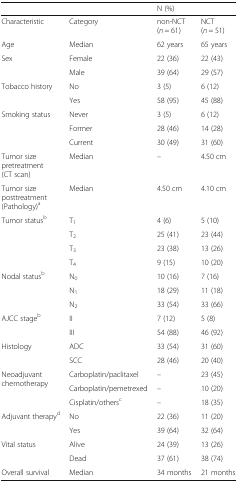
<table><thead><tr><td></td><td></td><td colspan="2"><b>N (%)</b></td></tr></thead><tbody><tr><td>Characteristic</td><td>Category</td><td>non-NCT(<i>n</i> = 61)</td><td>NCT(<i>n</i> = 51)</td></tr><tr><td>Age</td><td>Median</td><td>62 years</td><td>65 years</td></tr><tr><td>Sex</td><td>Female</td><td>22 (36)</td><td>22 (43)</td></tr><tr><td></td><td>Male</td><td>39 (64)</td><td>29 (57)</td></tr><tr><td rowspan="2">Tobacco history</td><td>No</td><td>3 (5)</td><td>6 (12)</td></tr><tr><td>Yes</td><td>58 (95)</td><td>45 (88)</td></tr><tr><td rowspan="3">Smoking status</td><td>Never</td><td>3 (5)</td><td>6 (12)</td></tr><tr><td>Former</td><td>28 (46)</td><td>14 (28)</td></tr><tr><td>Current</td><td>30 (49)</td><td>31 (60)</td></tr><tr><td>Tumor size pretreatment (CT scan)</td><td>Median</td><td>–</td><td>4.50 cm</td></tr><tr><td>Tumor size posttreatment (Pathology)<sup>a</sup></td><td>Median</td><td>4.50 cm</td><td>4.10 cm</td></tr><tr><td rowspan="4">Tumor status<sup>b</sup></td><td>T<sub>1</sub></td><td>4 (6)</td><td>5 (10)</td></tr><tr><td>T<sub>2</sub></td><td>25 (41)</td><td>23 (44)</td></tr><tr><td>T<sub>3</sub></td><td>23 (38)</td><td>13 (26)</td></tr><tr><td>T<sub>4</sub></td><td>9 (15)</td><td>10 (20)</td></tr><tr><td rowspan="3">Nodal status<sup>b</sup></td><td>N<sub>0</sub></td><td>10 (16)</td><td>7 (16)</td></tr><tr><td>N<sub>1</sub></td><td>18 (29)</td><td>11 (18)</td></tr><tr><td>N<sub>2</sub></td><td>33 (54)</td><td>33 (66)</td></tr><tr><td rowspan="2">AJCC stage<sup>b</sup></td><td>II</td><td>7 (12)</td><td>5 (8)</td></tr><tr><td>III</td><td>54 (88)</td><td>46 (92)</td></tr><tr><td rowspan="2">Histology</td><td>ADC</td><td>33 (54)</td><td>31 (60)</td></tr><tr><td>SCC</td><td>28 (46)</td><td>20 (40)</td></tr><tr><td rowspan="3">Neoadjuvant chemotherapy</td><td>Carboplatin/paclitaxel</td><td>–</td><td>23 (45)</td></tr><tr><td>Carboplatin/pemetrexed</td><td>–</td><td>10 (20)</td></tr><tr><td>Cisplatin/others<sup>c</sup></td><td>–</td><td>18 (35)</td></tr><tr><td rowspan="2">Adjuvant therapy<sup>d</sup></td><td>No</td><td>22 (36)</td><td>11 (20)</td></tr><tr><td>Yes</td><td>39 (64)</td><td>32 (64)</td></tr><tr><td rowspan="2">Vital status</td><td>Alive</td><td>24 (39)</td><td>13 (26)</td></tr><tr><td>Dead</td><td>37 (61)</td><td>38 (74)</td></tr><tr><td>Overall survival</td><td>Median</td><td>34 months</td><td>21 months</td></tr></tbody></table>